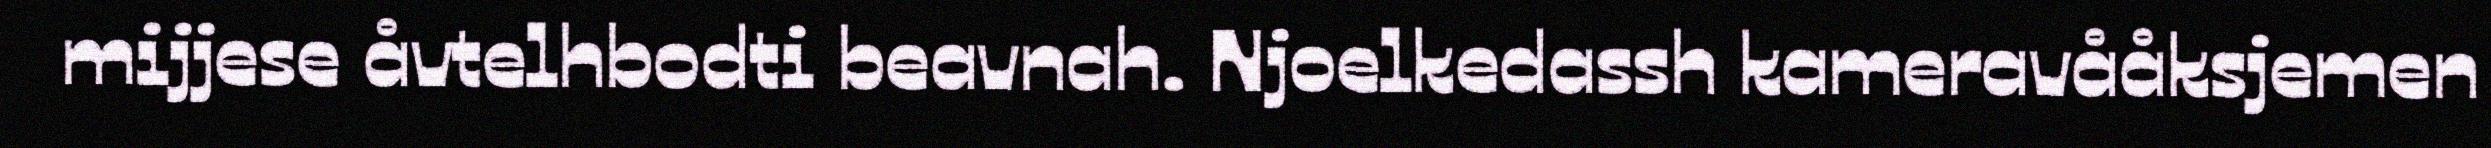
mijjese åvtelhbodti beavnah. Njoelkedassh kameravååksjemen